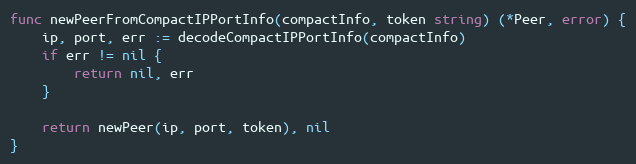
Language: Go
func newPeerFromCompactIPPortInfo(compactInfo, token string) (*Peer, error) {
	ip, port, err := decodeCompactIPPortInfo(compactInfo)
	if err != nil {
		return nil, err
	}

	return newPeer(ip, port, token), nil
}